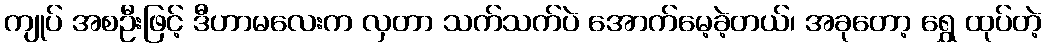
ကျုပ် အစဦးဖြင့် ဒီဟာမလေးက လှတာ သက်သက်ပဲ အောက်မေ့ခဲ့တယ်၊ အခုတော့ ရွှေ ထုပ်တဲ့